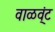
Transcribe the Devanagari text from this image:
वाळव्ंट